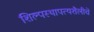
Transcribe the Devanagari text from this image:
शिल्पस्थापत्यशैलीचे